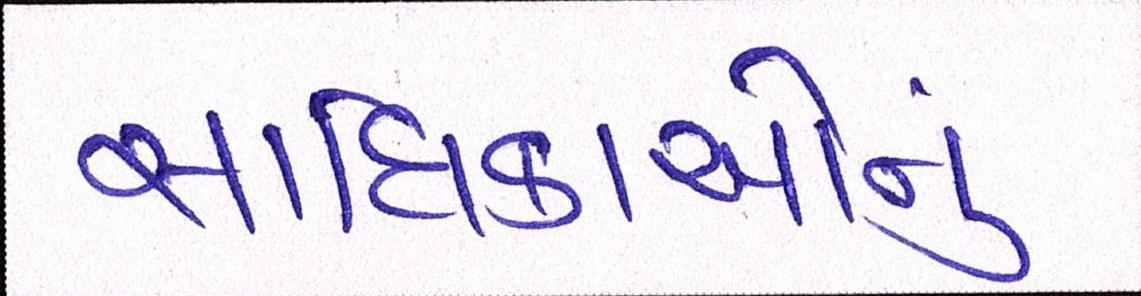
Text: સાધિકાઓનું